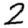
Digit: 2